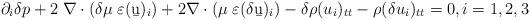
LaTeX: \begin{align*}\partial_i \delta p+2\;\nabla\cdot(\delta\mu\;\varepsilon(\b u)_i)+2\nabla\cdot(\mu\;\varepsilon(\delta\b u)_i)-\delta\rho(u_i)_{tt}-\rho(\delta u_i)_{tt}=0,i=1,2,3\end{align*}